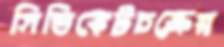
সিন্ডিকেটচক্রের